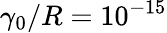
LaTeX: \gamma_{0}/R=10^{-15}